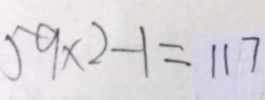
5 9 \times 2 - 1 = 1 1 7